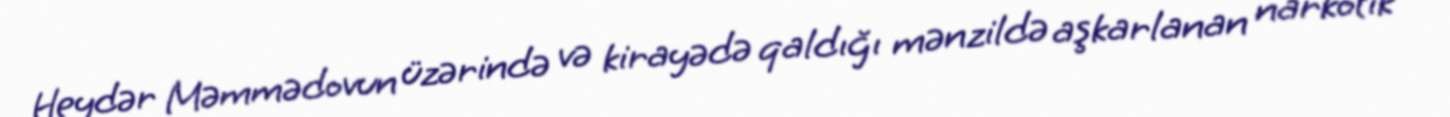
Heydər Məmmədovun üzərində və kirayədə qaldığı mənzildə aşkarlanan narkotik